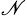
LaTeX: ^{\mathscr{N}}